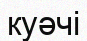
куәчі